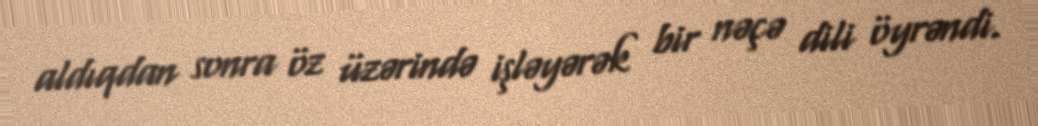
aldıqdan sonra öz üzərində işləyərək bir nəçə dili öyrəndi.